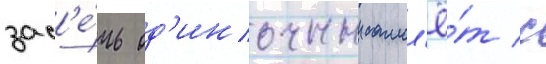
зас'е́чь од'иночныи самол'ё́т с